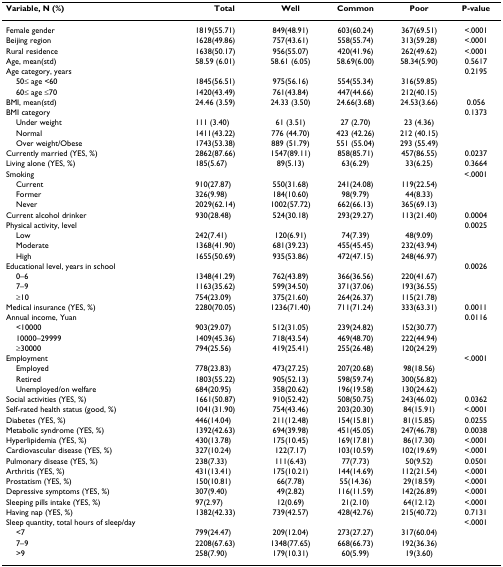
<table><thead><tr><td><b>Variable, N (%)</b></td><td><b>Total</b></td><td><b>Well</b></td><td><b>Common</b></td><td><b>Poor</b></td><td><b>P-value</b></td></tr></thead><tbody><tr><td>Female gender</td><td>1819(55.71)</td><td>849(48.91)</td><td>603(60.24)</td><td>367(69.51)</td><td>&lt;.0001</td></tr><tr><td>Beijing region</td><td>1628(49.86)</td><td>757(43.61)</td><td>558(55.74)</td><td>313(59.28)</td><td>&lt;.0001</td></tr><tr><td>Rural residence</td><td>1638(50.17)</td><td>956(55.07)</td><td>420(41.96)</td><td>262(49.62)</td><td>&lt;.0001</td></tr><tr><td>Age, mean(std)</td><td>58.59 (6.01)</td><td>58.61 (6.05)</td><td>58.69(6.00)</td><td>58.34(5.90)</td><td>0.5617</td></tr><tr><td>Age category, years</td><td></td><td></td><td></td><td></td><td>0.2195</td></tr><tr><td> 50≤ age &lt;60</td><td>1845(56.51)</td><td>975(56.16)</td><td>554(55.34)</td><td>316(59.85)</td><td></td></tr><tr><td> 60≤ age ≤70</td><td>1420(43.49)</td><td>761(43.84)</td><td>447(44.66)</td><td>212(40.15)</td><td></td></tr><tr><td>BMI, mean(std)</td><td>24.46 (3.59)</td><td>24.33 (3.50)</td><td>24.66(3.68)</td><td>24.53(3.66)</td><td>0.056</td></tr><tr><td>BMI category</td><td></td><td></td><td></td><td></td><td>0.1373</td></tr><tr><td> Under weight</td><td>111 (3.40)</td><td>61 (3.51)</td><td>27 (2.70)</td><td>23 (4.36)</td><td></td></tr><tr><td> Normal</td><td>1411(43.22)</td><td>776 (44.70)</td><td>423 (42.26)</td><td>212 (40.15)</td><td></td></tr><tr><td> Over weight/Obese</td><td>1743(53.38)</td><td>889 (51.79)</td><td>551 (55.04)</td><td>293 (55.49)</td><td></td></tr><tr><td>Currently married (YES, %)</td><td>2862(87.66)</td><td>1547(89.11)</td><td>858(85.71)</td><td>457(86.55)</td><td>0.0237</td></tr><tr><td>Living alone (YES, %)</td><td>185(5.67)</td><td>89(5.13)</td><td>63(6.29)</td><td>33(6.25)</td><td>0.3664</td></tr><tr><td>Smoking</td><td></td><td></td><td></td><td></td><td>&lt;.0001</td></tr><tr><td> Current</td><td>910(27.87)</td><td>550(31.68)</td><td>241(24.08)</td><td>119(22.54)</td><td></td></tr><tr><td> Former</td><td>326(9.98)</td><td>184(10.60)</td><td>98(9.79)</td><td>44(8.33)</td><td></td></tr><tr><td> Never</td><td>2029(62.14)</td><td>1002(57.72)</td><td>662(66.13)</td><td>365(69.13)</td><td></td></tr><tr><td>Current alcohol drinker</td><td>930(28.48)</td><td>524(30.18)</td><td>293(29.27)</td><td>113(21.40)</td><td>0.0004</td></tr><tr><td>Physical activity, level</td><td></td><td></td><td></td><td></td><td>0.0025</td></tr><tr><td> Low</td><td>242(7.41)</td><td>120(6.91)</td><td>74(7.39)</td><td>48(9.09)</td><td></td></tr><tr><td> Moderate</td><td>1368(41.90)</td><td>681(39.23)</td><td>455(45.45)</td><td>232(43.94)</td><td></td></tr><tr><td> High</td><td>1655(50.69)</td><td>935(53.86)</td><td>472(47.15)</td><td>248(46.97)</td><td></td></tr><tr><td>Educational level, years in school</td><td></td><td></td><td></td><td></td><td>0.0026</td></tr><tr><td> 0–6</td><td>1348(41.29)</td><td>762(43.89)</td><td>366(36.56)</td><td>220(41.67)</td><td></td></tr><tr><td> 7–9</td><td>1163(35.62)</td><td>599(34.50)</td><td>371(37.06)</td><td>193(36.55)</td><td></td></tr><tr><td> ≥10</td><td>754(23.09)</td><td>375(21.60)</td><td>264(26.37)</td><td>115(21.78)</td><td></td></tr><tr><td>Medical insurance (YES, %)</td><td>2280(70.05)</td><td>1236(71.40)</td><td>711(71.24)</td><td>333(63.31)</td><td>0.0011</td></tr><tr><td>Annual income, Yuan</td><td></td><td></td><td></td><td></td><td>0.0116</td></tr><tr><td> &lt;10000</td><td>903(29.07)</td><td>512(31.05)</td><td>239(24.82)</td><td>152(30.77)</td><td></td></tr><tr><td> 10000–29999</td><td>1409(45.36)</td><td>718(43.54)</td><td>469(48.70)</td><td>222(44.94)</td><td></td></tr><tr><td> ≥30000</td><td>794(25.56)</td><td>419(25.41)</td><td>255(26.48)</td><td>120(24.29)</td><td></td></tr><tr><td>Employment</td><td></td><td></td><td></td><td></td><td>&lt;.0001</td></tr><tr><td> Employed</td><td>778(23.83)</td><td>473(27.25)</td><td>207(20.68)</td><td>98(18.56)</td><td></td></tr><tr><td> Retired</td><td>1803(55.22)</td><td>905(52.13)</td><td>598(59.74)</td><td>300(56.82)</td><td></td></tr><tr><td> Unemployed/on welfare</td><td>684(20.95)</td><td>358(20.62)</td><td>196(19.58)</td><td>130(24.62)</td><td></td></tr><tr><td>Social activities (YES, %)</td><td>1661(50.87)</td><td>910(52.42)</td><td>508(50.75)</td><td>243(46.02)</td><td>0.0362</td></tr><tr><td>Self-rated health status (good, %)</td><td>1041(31.90)</td><td>754(43.46)</td><td>203(20.30)</td><td>84(15.91)</td><td>&lt;.0001</td></tr><tr><td>Diabetes (YES, %)</td><td>446(14.04)</td><td>211(12.48)</td><td>154(15.81)</td><td>81(15.85)</td><td>0.0255</td></tr><tr><td>Metabolic syndrome (YES, %)</td><td>1392(42.63)</td><td>694(39.98)</td><td>451(45.05)</td><td>247(46.78)</td><td>0.0038</td></tr><tr><td>Hyperlipidemia (YES, %)</td><td>430(13.78)</td><td>175(10.45)</td><td>169(17.81)</td><td>86(17.30)</td><td>&lt;.0001</td></tr><tr><td>Cardiovascular disease (YES, %)</td><td>327(10.24)</td><td>122(7.17)</td><td>103(10.59)</td><td>102(19.69)</td><td>&lt;.0001</td></tr><tr><td>Pulmonary disease (YES, %)</td><td>238(7.33)</td><td>111(6.43)</td><td>77(7.73)</td><td>50(9.52)</td><td>0.0501</td></tr><tr><td>Arthritis (YES, %)</td><td>431(13.41)</td><td>175(10.21)</td><td>144(14.69)</td><td>112(21.54)</td><td>&lt;.0001</td></tr><tr><td>Prostatism (YES, %)</td><td>150(10.81)</td><td>66(7.78)</td><td>55(14.36)</td><td>29(18.59)</td><td>&lt;.0001</td></tr><tr><td>Depressive symptoms (YES, %)</td><td>307(9.40)</td><td>49(2.82)</td><td>116(11.59)</td><td>142(26.89)</td><td>&lt;.0001</td></tr><tr><td>Sleeping pills intake (YES, %)</td><td>97(2.97)</td><td>12(0.69)</td><td>21(2.10)</td><td>64(12.12)</td><td>&lt;.0001</td></tr><tr><td>Having nap (YES, %)</td><td>1382(42.33)</td><td>739(42.57)</td><td>428(42.76)</td><td>215(40.72)</td><td>0.7131</td></tr><tr><td>Sleep quantity, total hours of sleep/day</td><td></td><td></td><td></td><td></td><td>&lt;.0001</td></tr><tr><td> &lt;7</td><td>799(24.47)</td><td>209(12.04)</td><td>273(27.27)</td><td>317(60.04)</td><td></td></tr><tr><td> 7–9</td><td>2208(67.63)</td><td>1348(77.65)</td><td>668(66.73)</td><td>192(36.36)</td><td></td></tr><tr><td> &gt;9</td><td>258(7.90)</td><td>179(10.31)</td><td>60(5.99)</td><td>19(3.60)</td><td></td></tr></tbody></table>